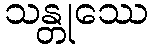
သန္တုဿေ